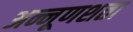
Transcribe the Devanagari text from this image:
अन्नूणशता